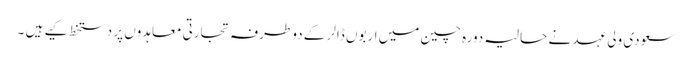
سعودی ولی عہد نے حالیہ دورہ چین میں اربوں ڈالر کے دو طرفہ تجارتی معاہدوں پر دستخط کیے ہیں ۔